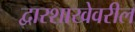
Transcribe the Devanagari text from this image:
द्वारशाखेवरील